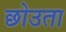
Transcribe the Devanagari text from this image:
छोउता